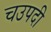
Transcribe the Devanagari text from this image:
चउपदी